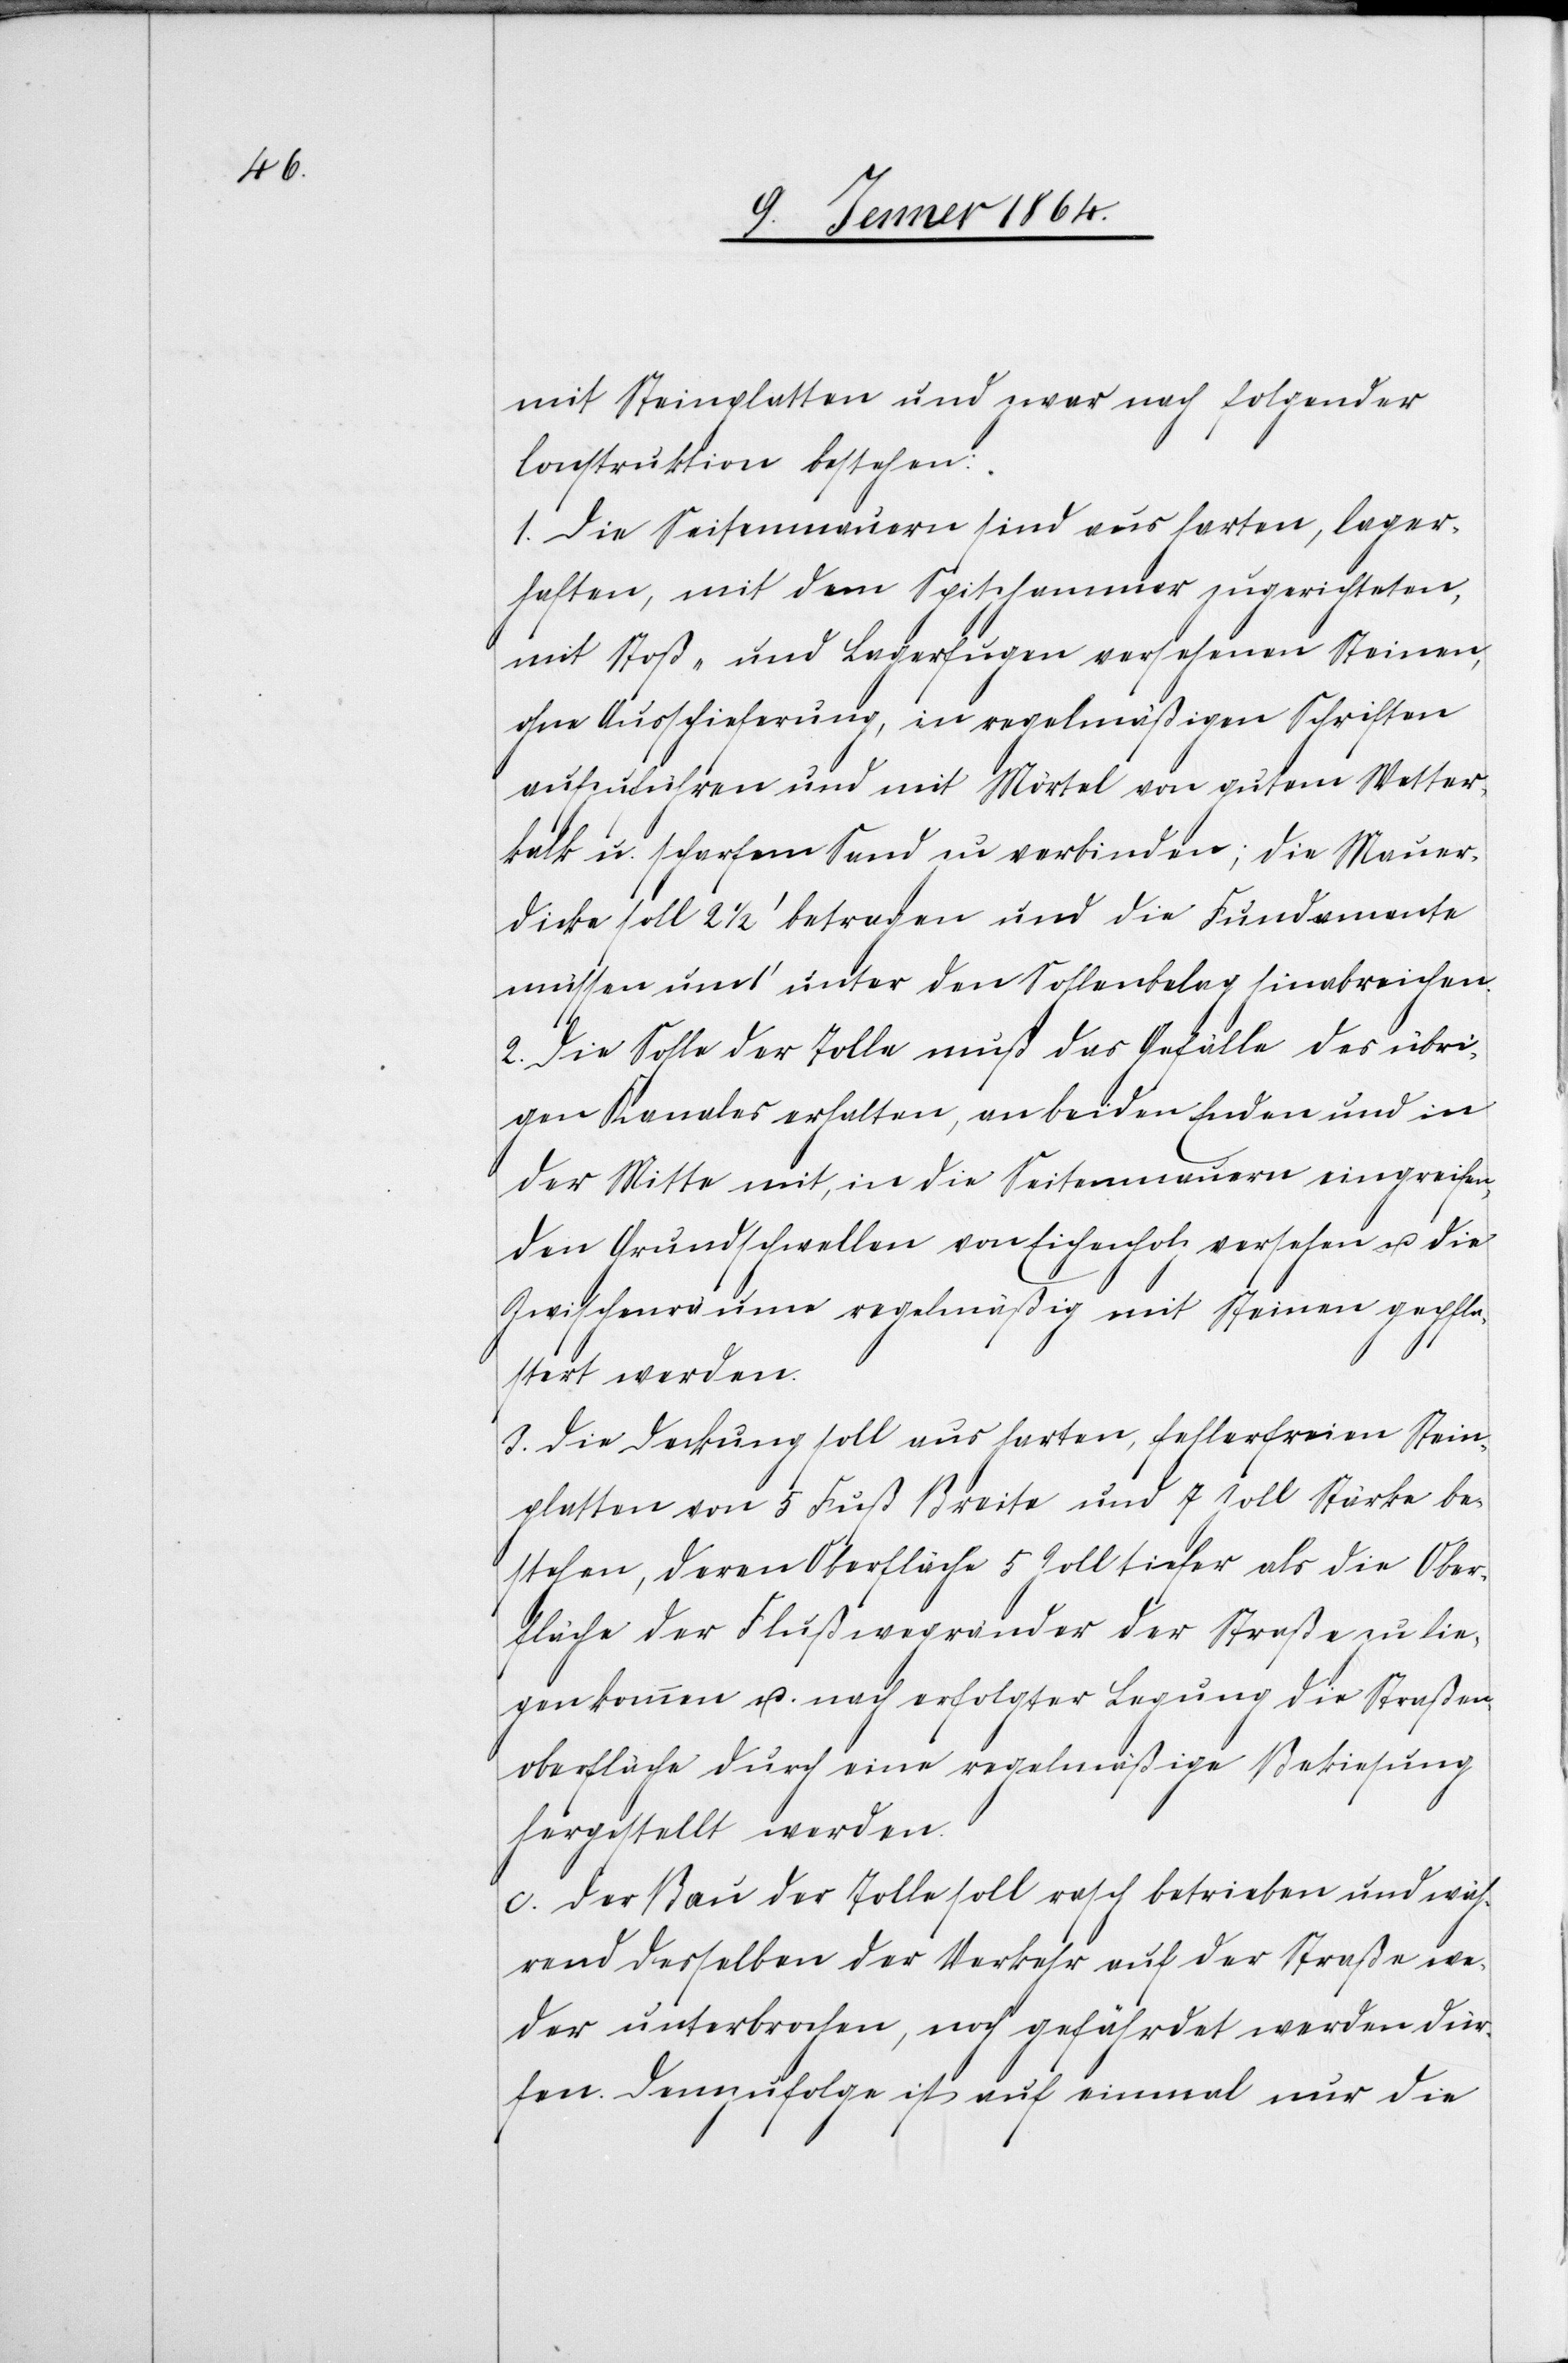
mit Steinplatten und zwar nach folgender
Construktion bestehen:
1. Die Seitenmauern sind aus harten, lager¬
haften, mit dem Spitzhammer zugerichteten,
mit Stoß- und Legerfugen versehenen Steinen,
ohne Ausschieferung, in regelmäßigen Schriften
aufzuführen und mit Mörtel von gutem Wetter¬
kalk u. scharfem Sand zu verbinden; die Mauer¬
dicke soll 2 ½' betragen und die Fundamente
müssen um 1' unter den Sohlenbelag hinabreichen.
2. Die Sohle der Tolle muß das Gefälle des übri¬
gen Kanales erhalten, an beiden Enden und in
der Mitte mit, in die Seitenmauern eingreifen,
den Grundschwellen von Eichenholz versehen u. die
Zwischenraume regelmäß¡g mit Steinen gepfla¬
stert werden.
3. Die Deckung soll nur harten, fehlerfreien Stein¬
platten von 5 Fuß Breite und 7 Zoll Stärke be¬
stehen, deren Oberfläche 5 Zoll tiefer als die Ober¬
fläche der Flußwegränder der Straße zu lie¬
gen kommen u. nach erfolgter Legung die Straßen¬
oberfläche durch eine regelmäßige Bekiesung
hergestellt werden.
c. Der Bau der Tolle soll rasch betrieben und wäh¬
rend derselben der Verkehr auf der Straße we¬
der unterbrochen, noch gefährdet werden dür¬
fen. Demzufolge ist auf einmal nur die